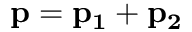
\bf { p } = \bf { p } _ { 1 } + \bf { p } _ { 2 }